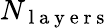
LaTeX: N_{\mathrm{~l~a~y~e~r~s~}}